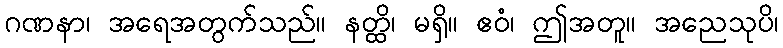
ဂဏနာ၊ အရေအတွက်သည်။ နတ္ထိ၊ မရှိ။ ဧဝံ၊ ဤအတူ။ အညေသုပိ၊